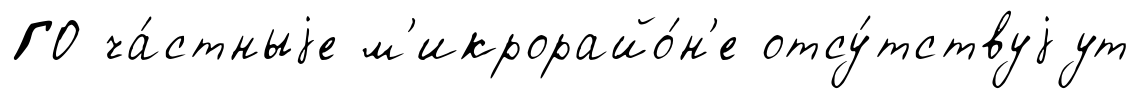
ГО ча́стныjе м'икрорайо́н'е отсу́тствуjут